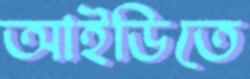
আইডিতে